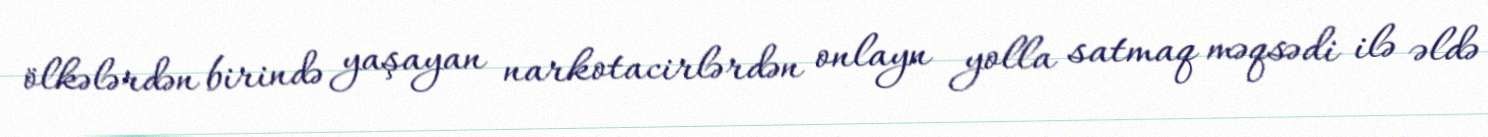
ölkələrdən birində yaşayan narkotacirlərdən onlayn yolla satmaq məqsədi ilə əldə